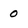
Character: 0